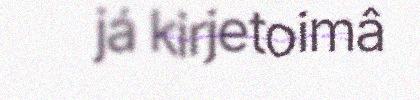
já kirjetoimâ